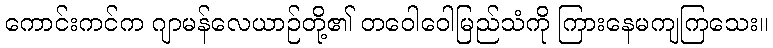
ကောင်းကင်က ဂျာမန်လေယာဉ်တို့၏ တဝေါဝေါမြည်သံကို ကြားနေမကျကြသေး။